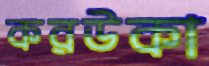
করউকা